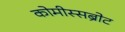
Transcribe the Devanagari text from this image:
कोमीस्सब्रोट